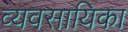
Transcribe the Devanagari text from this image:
व्यवसायिका